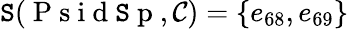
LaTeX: \mathtt{S}(\mathrm{{~P~s~i~d~\mathtt{S}~p~}},\mathcal{{C}})=\{ e_{68},e_{69}\}